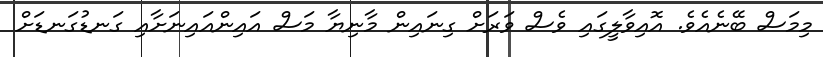
މިމަސް ބޭނެއެވެ. އޮއިވާލީގައި ވެސް ވަރަށް ގިނައިން މާނިޔާ މަސް އައިންއައިނަށާއި ގަނޑުގަނޑަށް